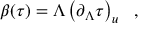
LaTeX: \beta ( \tau ) = \Lambda \left( \partial _ { \Lambda } \tau \right) _ { u } \ \ ,